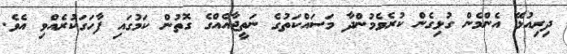
ދިރިއުޅޭ އެންމެން ގުޅިގެން ކުރެވެމުންދާ މަސައްކަތުގެ ނަތީޖާއެއްގެ ގޮތުން ކަމުގައި ފާހަގަކުރެއްވި އެވެ.